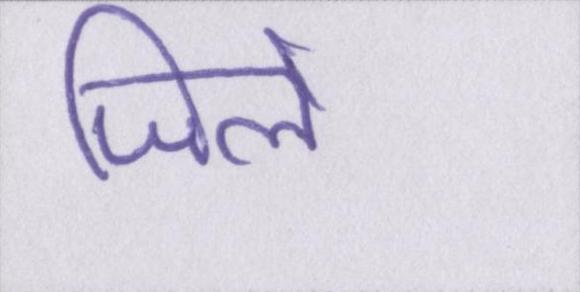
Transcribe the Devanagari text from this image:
जिले